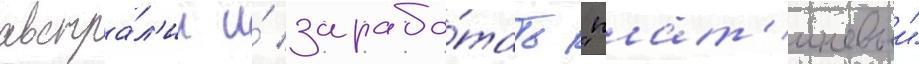
австра́л'ии и́ зарабо́тать "плат'иновыи"